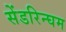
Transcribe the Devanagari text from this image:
सेंडरिन्घम